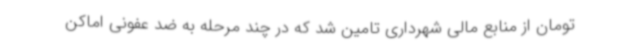
تومان از منابع مالی شهرداری تامین شد که در چند مرحله به ضد عفونی اماکن